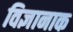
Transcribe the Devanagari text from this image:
विज्ञानाक